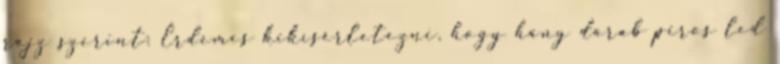
rajz szerint: Érdemes kikísérletezni, hogy hány darab piros led